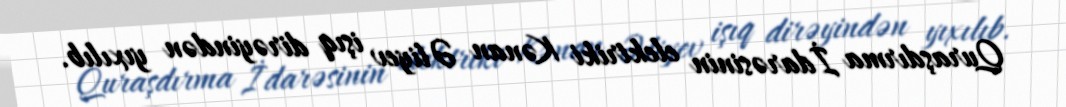
Quraşdırma İdarəsinin elektriki Kənan Əliyev işıq dirəyindən yıxılıb.